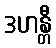
ဒဟန္တီ